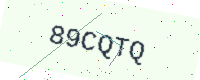
Text: 89CQTQ